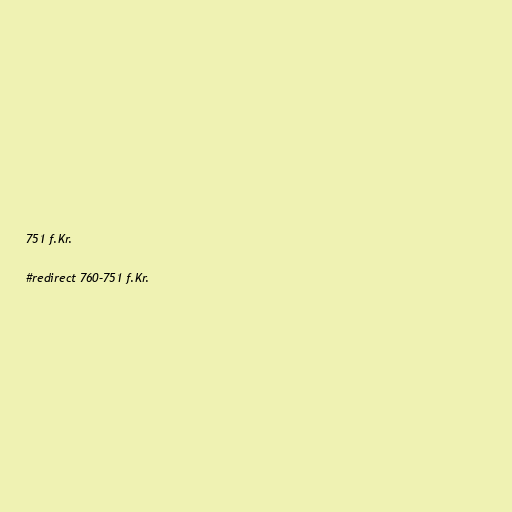
751 f.Kr.

#redirect 760–751 f.Kr.